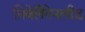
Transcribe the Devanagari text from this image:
निवेलैंगेनलीड